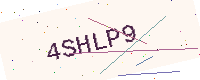
Text: 4SHLP9